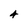
Character: 4